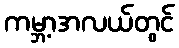
ကမ္ဘာ့အလယ်တွင်